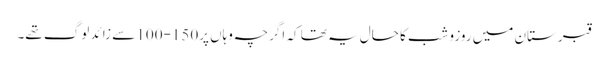
قبرستان میں روزوشب کا حال یہ تھا کہ اگرچہ وہاں پر150-100 سے زائد لوگ تھے۔